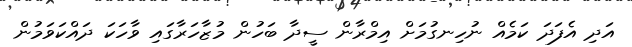
އަދި އެފަދަ ކަމެއް ނުހިނގުމަށް އިމްރާން ސީދާ ބަހުން މުޒާހަރާގައި ވާހަކަ ދައްކަވަމުން